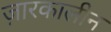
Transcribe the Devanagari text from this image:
ज़ारकालीन